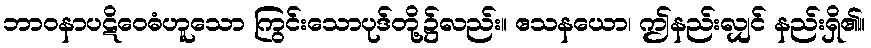
ဘာဝနာပဋိဝေဓံဟူသော ကြွင်းသောပုဒ်တို့၌လည်း။ ဧသနယော၊ ဤနည်းလျှင် နည်းရှိ၏။